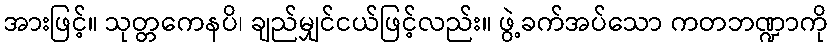
အားဖြင့်။ သုတ္တကေနပိ၊ ချည်မျှင်ငယ်ဖြင့်လည်း။ ဖွဲ့ခက်အပ်သော ကတဘဏ္ဍာကို